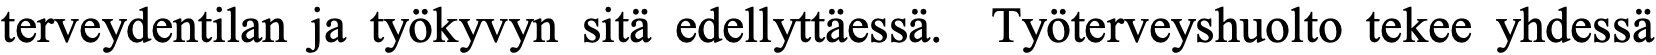
terveydentilan ja työkyvyn sitä edellyttäessä. Työterveyshuolto tekee yhdessä